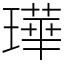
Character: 璍